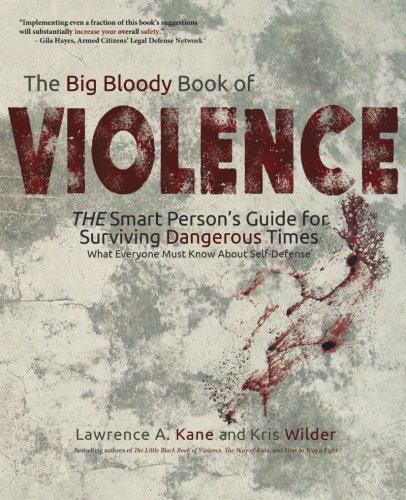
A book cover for The Big Bloody Book of Violence: The Smart Person's Guide for Surviving Dangerous Times: What Everyone Must Know About Self-Defense; Lawrence A Kane; Sports & Outdoors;